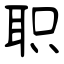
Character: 职